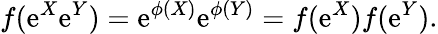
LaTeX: f(\mathrm{e}^{X}\mathrm{e}^{Y})=\mathrm{e}^{\phi(X)}\mathrm{e}^{\phi(Y)}=f(\mathrm{e}^{X})f(\mathrm{e}^{Y}).